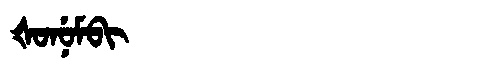
Manchu: ᡧᠣᠨᡠᠮᠪᡳ
Romanization: ŠONUMBI